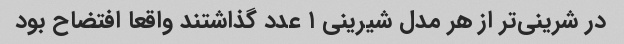
در شرینی‌تر از هر مدل شیرینی ۱ عدد گذاشتند واقعا افتضاح بود